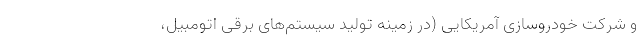
و شرکت خودروسازی آمریکایی (در زمینه تولید سیستم‌های برقی اتومبیل،